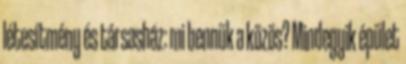
létesítmény és társasház: mi bennük a közös? Mindegyik épület